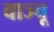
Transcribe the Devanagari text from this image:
वाञ्चू